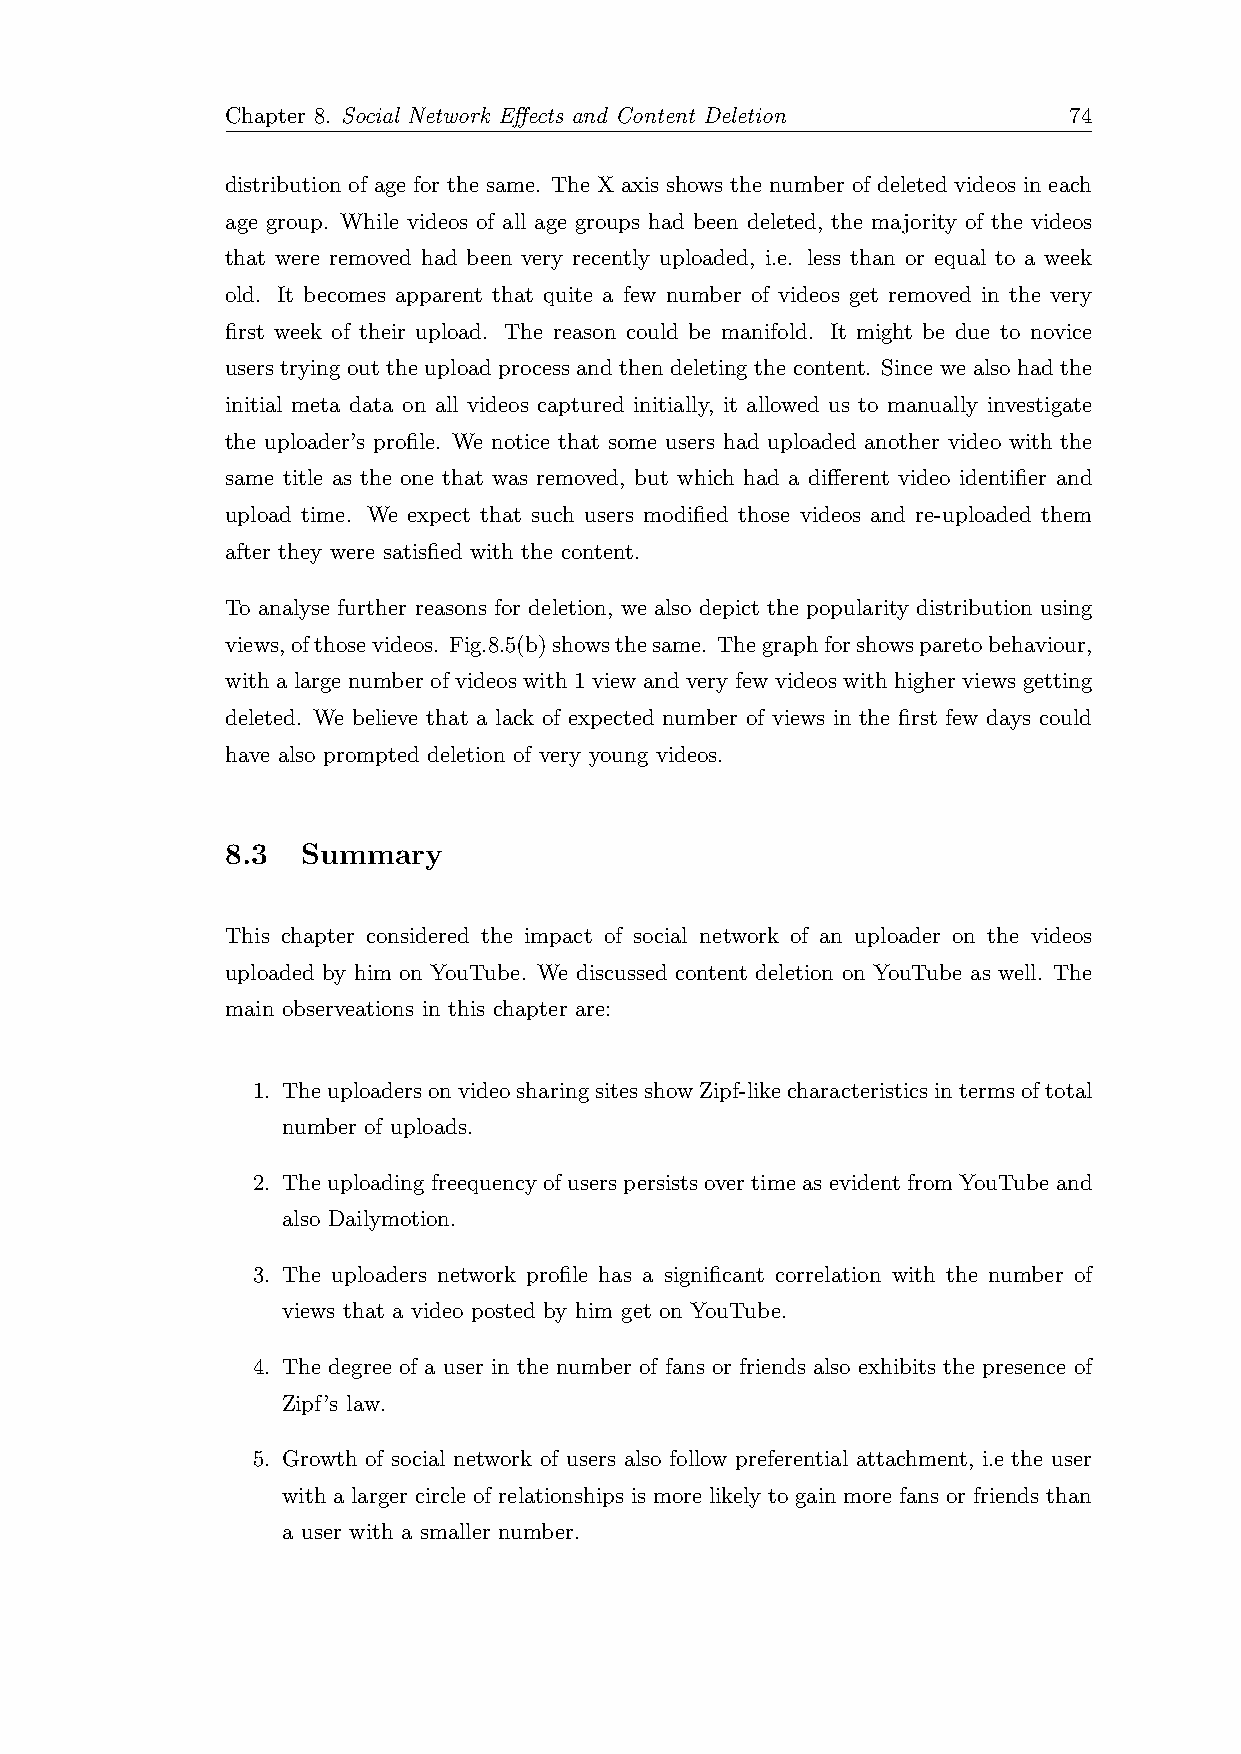
Chapter 8. Social Network Effects and Content Deletion  74
 distribution of age for the same. The X axis shows the number of deleted videos in each
 age group. While videos of all age groups had been deleted, the majority of the videos
 that were removed had been very recently uploaded, i.e. less than or equal to a week
 old. It becomes apparent that quite a few number of videos get removed in the very
 first week of their upload. The reason could be manifold. It might be due to novice
 users trying out the upload process and then deleting the content. Since we also had the
 initial meta data on all videos captured initially, it allowed us to manually investigate
 the uploader’s profile. We notice that some users had uploaded another video with the
 same title as the one that was removed, but which had a different video identifier and
 upload time. We expect that such users modified those videos and re-uploaded them
 after they were satisfied with the content.
 To analyse further reasons for deletion, we also depict the popularity distribution using
 views,ofthosevideos. Fig.8.5(b)showsthesame. Thegraphforshowsparetobehaviour,
 with a large number of videos with 1 view and very few videos with higher views getting
 deleted. We believe that a lack of expected number of views in the first few days could
 have also prompted deletion of very young videos.
 8.3  Summary
 This chapter considered the impact of social network of an uploader on the videos
 uploaded by him on YouTube. We discussed content deletion on YouTube as well. The
 main observeations in this chapter are:
 1. TheuploadersonvideosharingsitesshowZipf-likecharacteristicsintermsoftotal
 number of uploads.
 2. The uploading freequency of users persists over time as evident from YouTube and
 also Dailymotion.
 3. The uploaders network profile has a significant correlation with the number of
 views that a video posted by him get on YouTube.
 4. The degree of a user in the number of fans or friends also exhibits the presence of
 Zipf’s law.
 5. Growth of social network of users also follow preferential attachment, i.e the user
 with a larger circle of relationships is more likely to gain more fans or friends than
 a user with a smaller number.